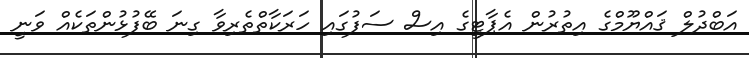
އަބްދުލް ޤައްޔޫމްގެ އިތުރުން އެޕާޓީގެ އިސް ސަފުގައި ހަރަކާތްތެރިވާ ގިނަ ބޭފުޅުންތަކެއް ވަނީ